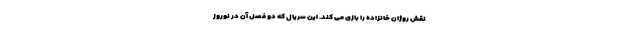
نقش روژان خانزاده را بازی می کند. این سریال که دو فصل آن در نوروز